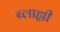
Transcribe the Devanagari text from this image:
ब्लाह्यी